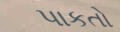
પાકતો